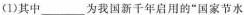
(1)其中___为我国新干年启用的”国家节水